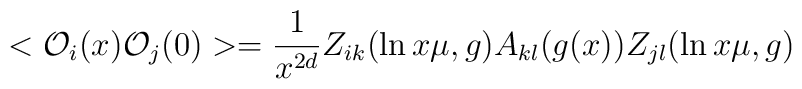
<{\cal O}_{i}(x){\cal O}_{j}(0)>={\frac{1}{x^{2d}}}Z_{ik}(\ln x\mu,g)A_{kl}(g(x))Z_{jl}(\ln x\mu,g )